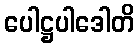
ပေါဋ္ဌပါဒေါတိ